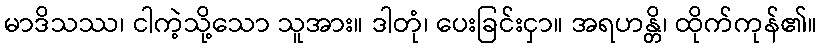
မာဒိသဿ၊ ငါကဲ့သို့သော သူအား။ ဒါတုံ၊ ပေးခြင်းငှာ။ အရဟန္တိ၊ ထိုက်ကုန်၏။